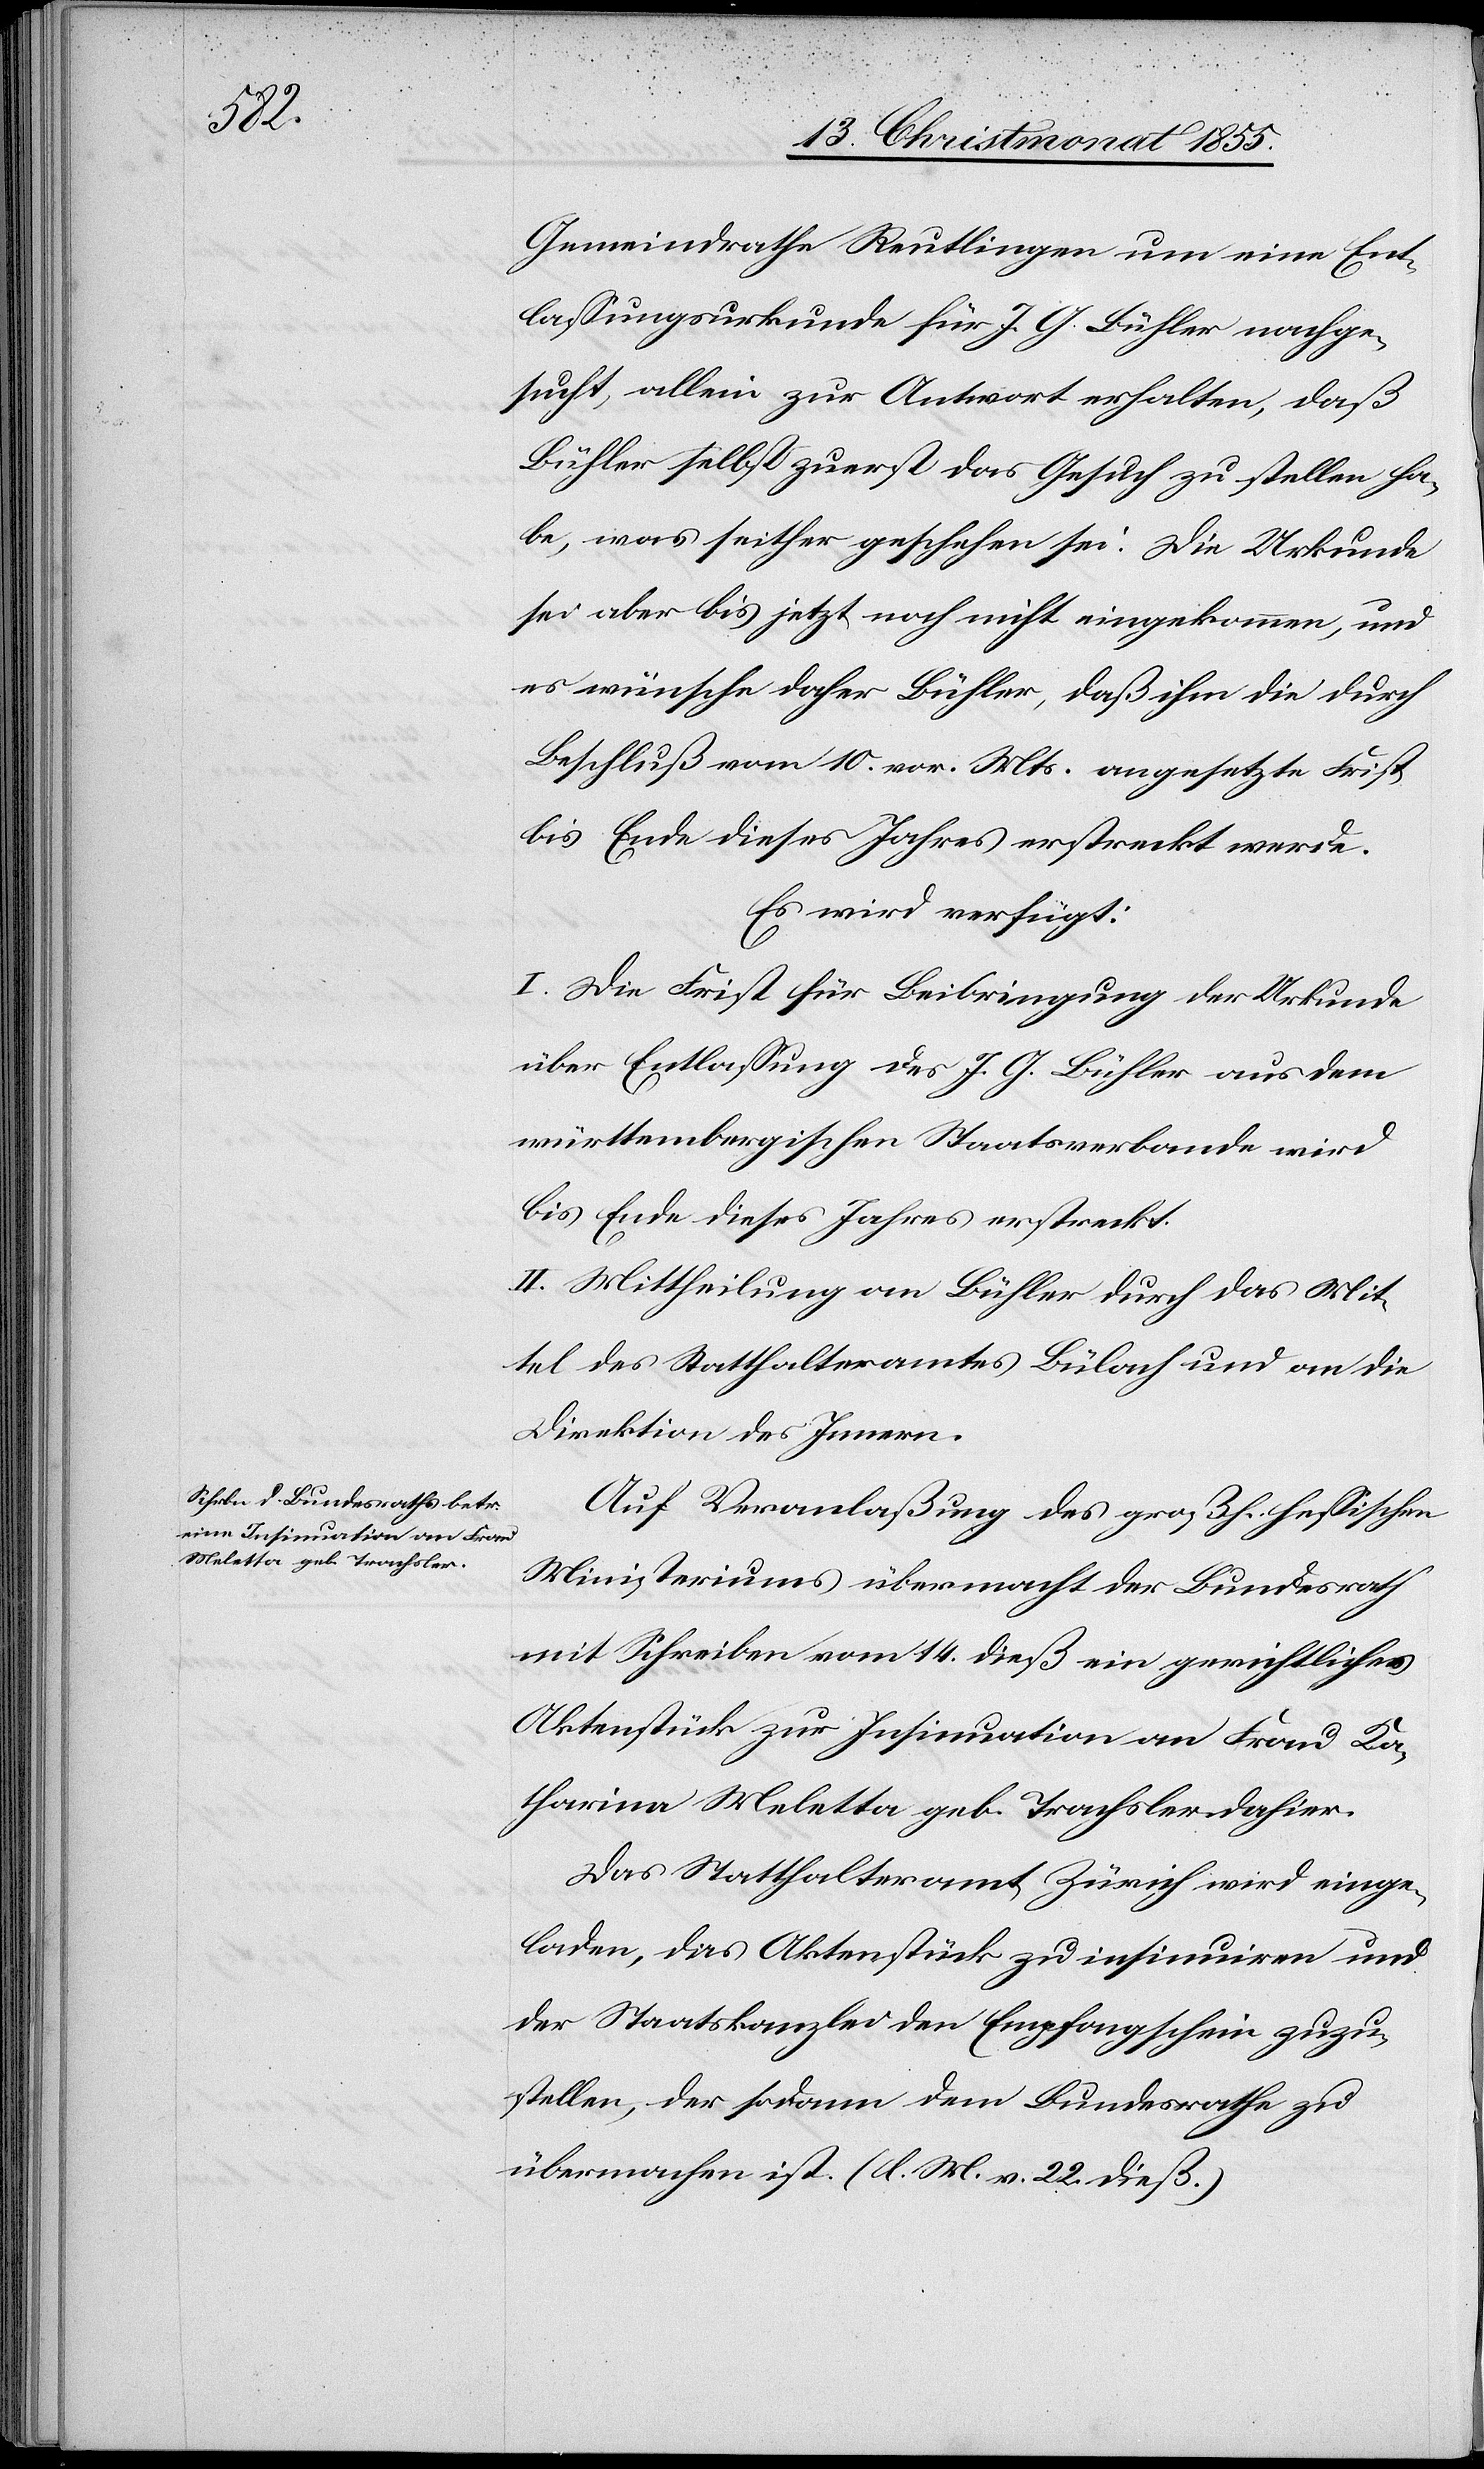
[Präsidial-Verfügungen.
den
15. Christmonat 1855.]
Gemeindrathe Reutlingen um eine Ent¬
lassungsurkunde für J. G. Bühler nachge¬
sucht, allein zur Antwort erhalten, daß
Bühler selbst zuerst das Gesuch zu stellen ha¬
be, was seither geschehen sei. Die Urkunde
sei aber bis jetzt noch nicht eingekommen, und
es wünsche daher Bühler, daß ihm die durch
Beschluß vom 10. vor. Mts. angesetzte Frist
bis Ende dieses Jahres erstreckt werde.
Es wird verfügt:
I. Die Frist für Beibringung der Urkunde
über Entlassung des J. G. Bühler aus dem
württembergischen Staatsverbande wird
bis Ende dieses Jahres erstreckt.
II. Mittheilung an Bühler durch das Mit¬
tel des Statthalteramtes Bülach und an die
Direktion des Innern.
Auf Veranlaßung des großh. hessischen
Ministeriums übermacht der Bundesrath
mit Schreiben vom 14. dieß ein gerichtliches
Aktenstück zur Insinuation an Frau Ka¬
tharina Meletta geb. Trachsler dahier.
Das Statthalteramt Zürich wird einge¬
laden, das Aktenstück zu insinuiren und
der Staatskanzlei den Empfangschein zuzu¬
stellen, der sodann dem Bundesrathe zu
übermachen ist. (l. M. v. 22. dieß.)